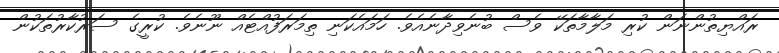
ރައްޔިތުންނަން ކުރި މަލާމާތަކޭ ވެސް ބުނެވިދާނެއެވެ. ހަމައެކަނި ތިމަރަފުއްޓެއް ނޫނެވެ. ކުރީގެ ސަރުކާރުތަކުން